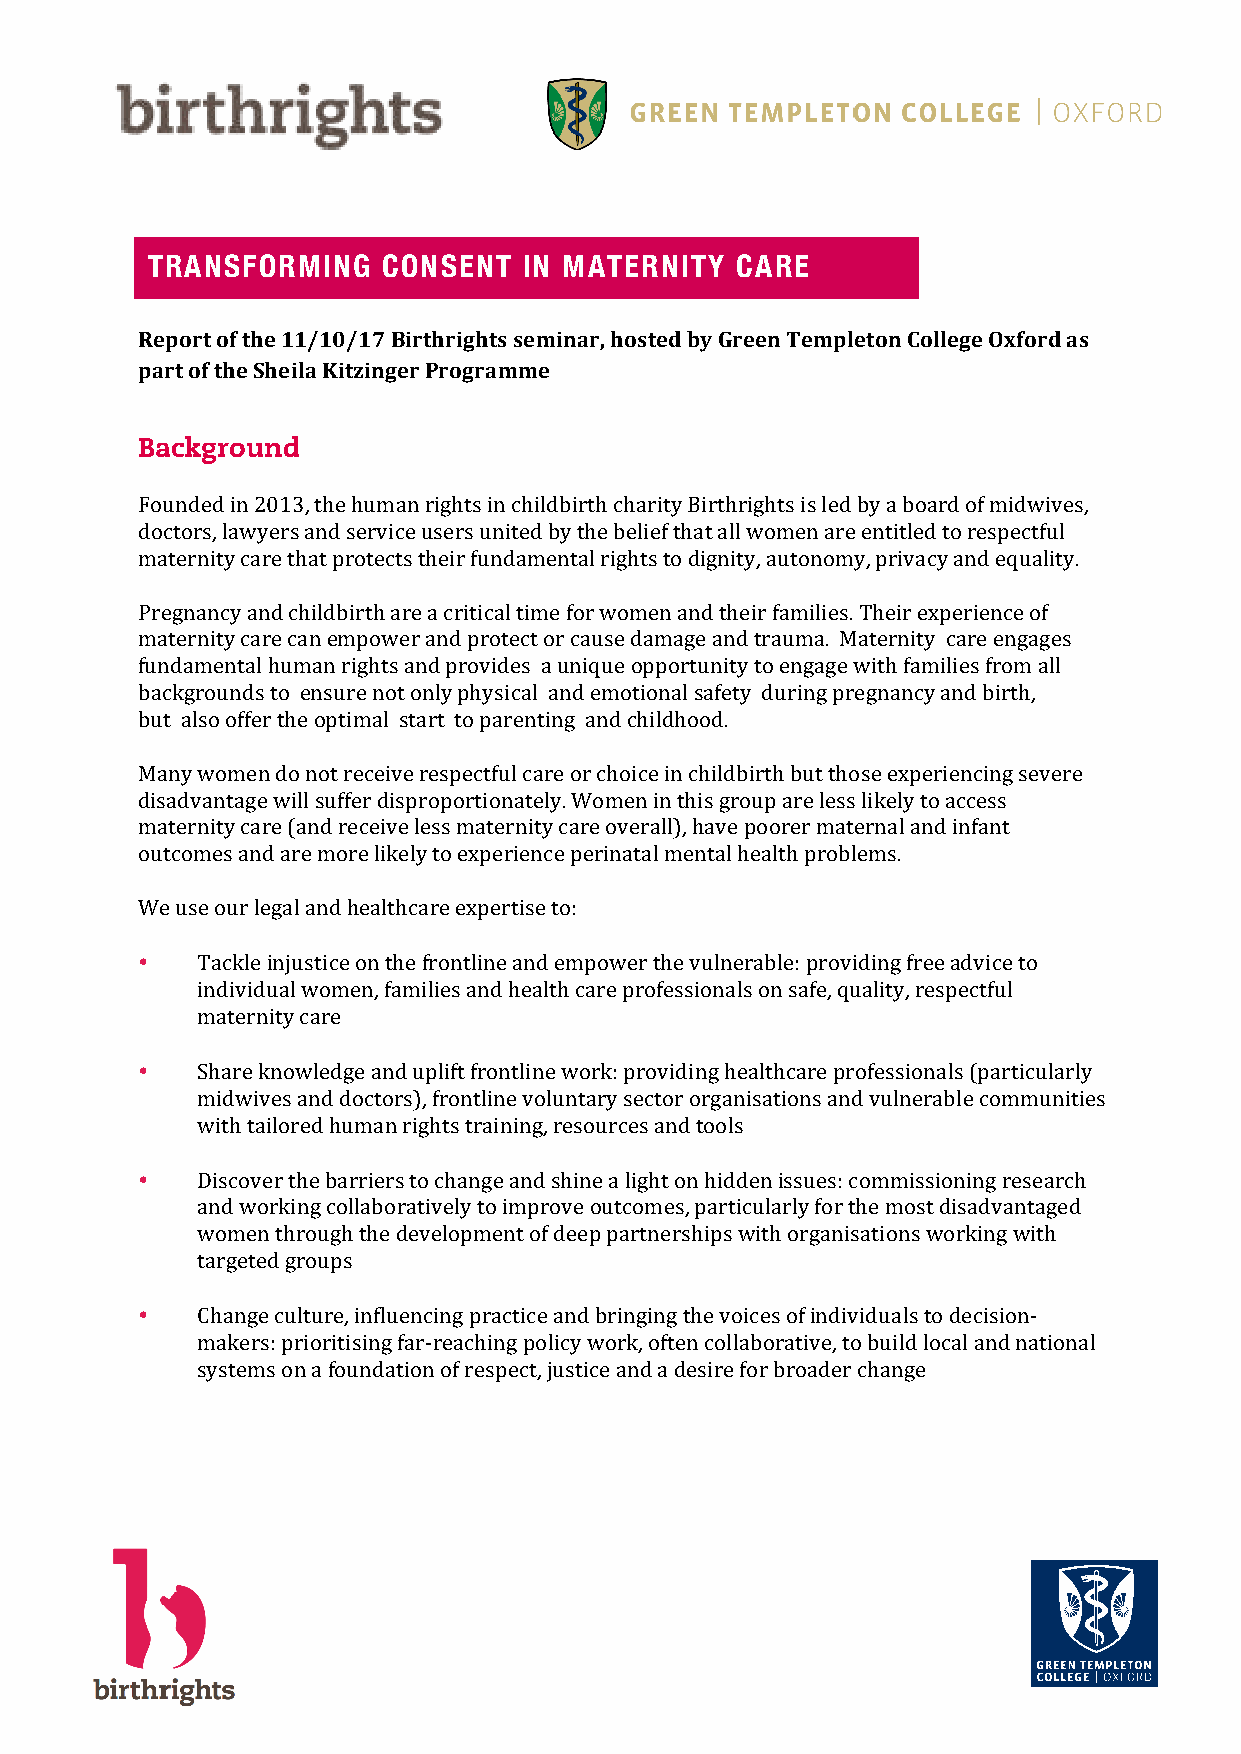
TRANSFORMING   CONSENT   IN MATERNITY  CARE
 Report of the 11/10/17 Birthrights seminar, hosted by Green Templeton College Oxford as
 part of the Sheila Kitzinger Programme
 Background
 Founded in 2013, the human rights in childbirth charity Birthrights is led by a board of midwives,
 doctors, lawyers and service users united by the belief that all women are entitled to respectful
 maternity care that protects their fundamental rights to dignity, autonomy, privacy and equality.
 Pregnancy and childbirth are a critical time for women and their families. Their experience of
 maternity care can empower and protect or cause damage and trauma. Maternity care engages
 fundamental human rights and provides a unique opportunity to engage with families from all
 backgrounds to ensure not only physical and emotional safety during pregnancy and birth,
 but also offer the optimal start to parenting and childhood.
 Many women do not receive respectful care or choice in childbirth but those experiencing severe
 disadvantage will suffer disproportionately. Women in this group are less likely to access
 maternity care (and receive less maternity care overall), have poorer maternal and infant
 outcomes and are more likely to experience perinatal mental health problems.
 We use our legal and healthcare expertise to:
 •   Tackle injustice on the frontline and empower the vulnerable: providing free advice to
 individual women, families and health care professionals on safe, quality, respectful
 maternity care
 •   Share knowledge and uplift frontline work: providing healthcare professionals (particularly
 midwives and doctors), frontline voluntary sector organisations and vulnerable communities
 with tailored human rights training, resources and tools
 •   Discover the barriers to change and shine a light on hidden issues: commissioning research
 and working collaboratively to improve outcomes, particularly for the most disadvantaged
 women through the development of deep partnerships with organisations working with
 targeted groups
 •   Change culture, influencing practice and bringing the voices of individuals to decision-
 makers: prioritising far-reaching policy work, often collaborative, to build local and national
 systems on a foundation of respect, justice and a desire for broader change